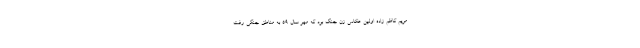
مریم کاظم زاده اولین عکاس زن جنگ بود که مهر سال ۵۹ به مناطق جنگی رفت